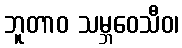
ဘူတာဝ သမ္ဘဝေသီဝ၊